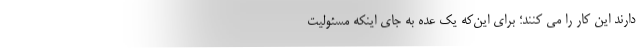
دارند این کار را می کنند؛ برای این‌که یک عده به جای اینکه مسئولیت